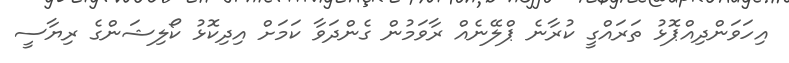
އިހަވަންދިއްޕޮޅު ތަރައްގީ ކުރާނެ ޕްލޭނެއް ރާވަމުން ގެންދަވާ ކަމަށް އިދިކޮޅު ކޯލިޝަންގެ ރިޔާސީ